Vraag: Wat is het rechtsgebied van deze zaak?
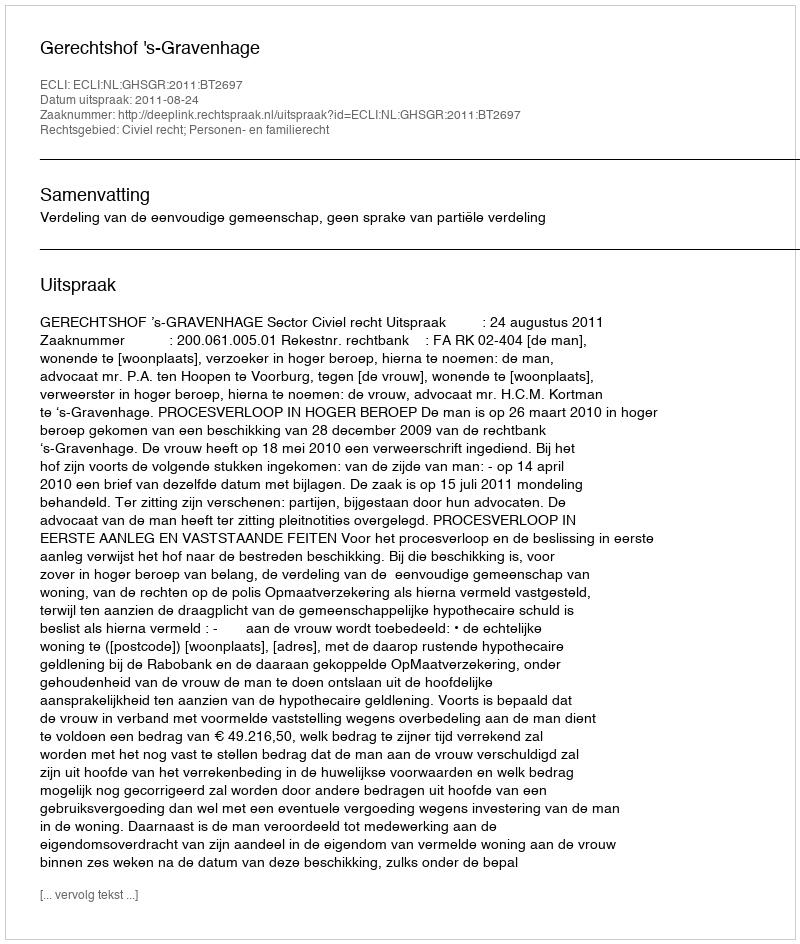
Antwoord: Civiel recht; Personen- en familierecht